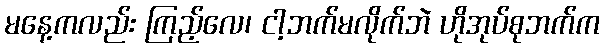
မနေ့ကလည်း ကြည့်လေ၊ ငါ့ဘက်မလိုက်ဘဲ ဟိုအုပ်စုဘက်က